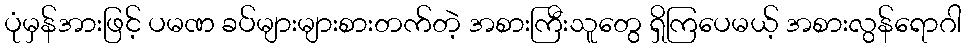
ပုံမှန်အားဖြင့် ပမဏ ခပ်များများစားတက်တဲ့ အစားကြီးသူတွေ ရှိကြပေမယ့် အစားလွန်ရောဂါ